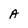
Character: A